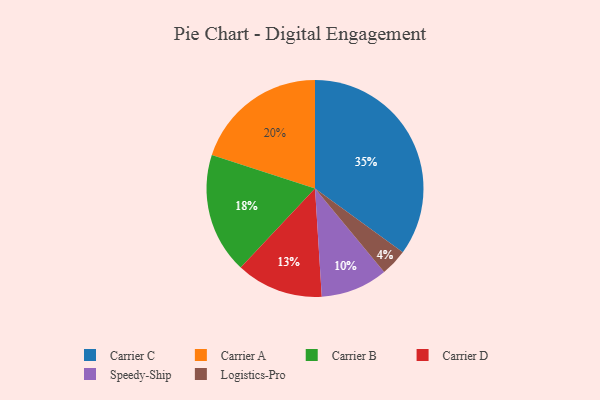
{"axis": {"x": "Category", "y": "Percentage"}, "legend": ["Carrier A", "Carrier B", "Carrier C", "Carrier D", "Logistics-Pro", "Speedy-Ship"], "data": [{"x": "Carrier B", "y": 18, "type": "Carrier B"}, {"x": "Carrier A", "y": 20, "type": "Carrier A"}, {"x": "Speedy-Ship", "y": 10, "type": "Speedy-Ship"}, {"x": "Carrier D", "y": 13, "type": "Carrier D"}, {"x": "Logistics-Pro", "y": 4, "type": "Logistics-Pro"}, {"x": "Carrier C", "y": 35, "type": "Carrier C"}]}